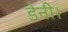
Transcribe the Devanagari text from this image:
डेनी।